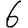
Digit: 6